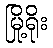
မြို့ရိုး